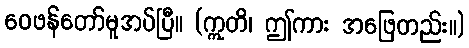
ဝေဖန်တော်မူအပ်ပြီ။ (ဣတိ၊ ဤကား အဖြေတည်း။)